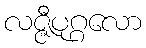
လဇ္ဇီပုဂ္ဂလော